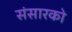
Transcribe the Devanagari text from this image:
संसारको